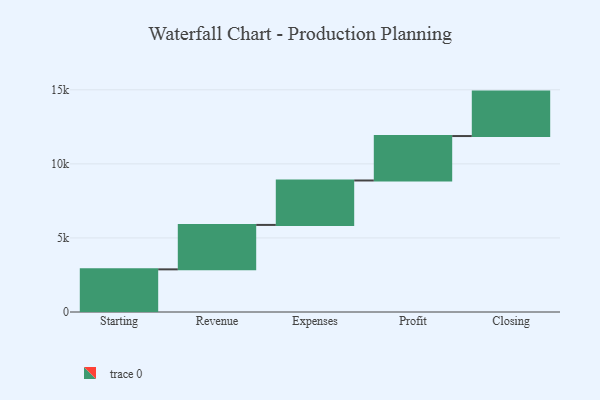
{"axis": {"x": "Step", "y": "Value"}, "legend": [""], "data": [{"x": "Starting", "y": 2879.0, "type": ""}, {"x": "Revenue", "y": 3000, "type": ""}, {"x": "Expenses", "y": 3000, "type": ""}, {"x": "Profit", "y": 3000, "type": ""}, {"x": "Closing", "y": 3000, "type": ""}]}